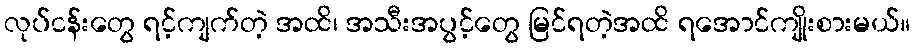
လုပ်ငန်းတွေ ရင့်ကျက်တဲ့ အထိ၊ အသီးအပွင့်တွေ မြင်ရတဲ့အထိ ရအောင်ကျိုးစားမယ်။